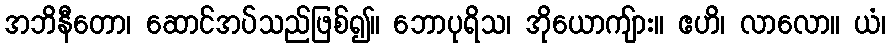
အဘိနီတော၊ ဆောင်အပ်သည်ဖြစ်၍။ ဘောပုရိသ၊ အိုယောကျ်ား။ ဧဟိ၊ လာလော။ ယံ၊